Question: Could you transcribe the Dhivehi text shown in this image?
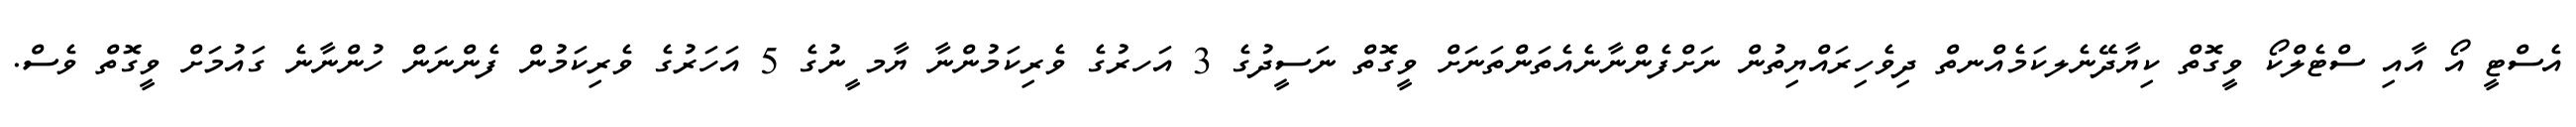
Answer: އެސްޓީ އޯ އާއި ސްޓެލްކޯ ވީގޮތް ކިޔާދޭނެލކަމެއްނތް ދިވެހިރައްޔިތުން ނަށްފެންނާނެއެތަންތަނަށް ވީގޮތް ނަސީދުގެ 3 އަހރުގެ ވެރިކަމުންނާ ޔާމ ީނުގެ 5 އަހަރުގެ ވެރިކަމުން ފެންނަން ހުންނާނެ ގައުމަށް ވީގޮތް ވެސް.